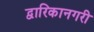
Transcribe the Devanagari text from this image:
द्वारिकानगरी